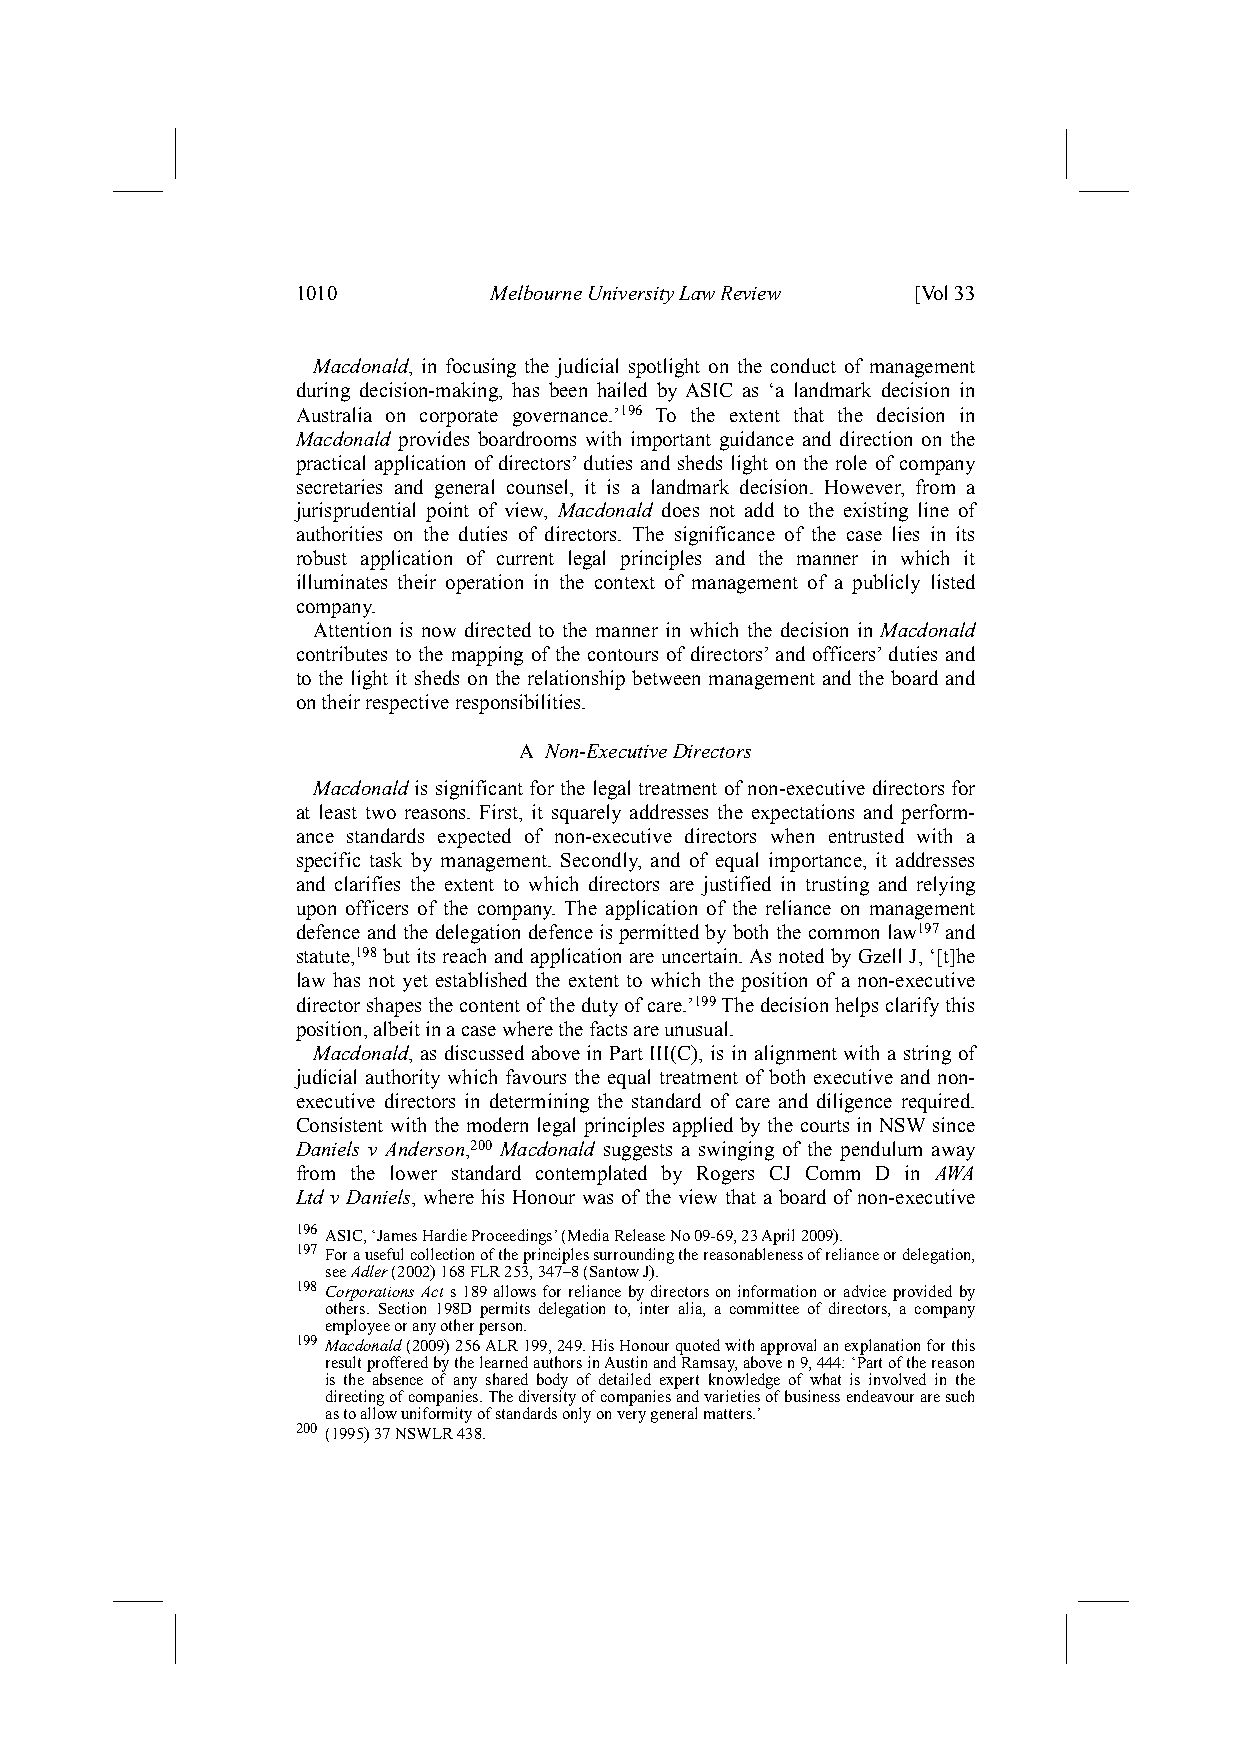
1010        Melbourne University Law Review [Vol 33
 Macdonald, in focusing the judicial spotlight on the conduct of management
 during decision-making, has been hailed by ASIC as ‘a landmark decision in
 Australia on corporate governance.’196 To the extent that the decision in
 Macdonald provides boardrooms with important guidance and direction on the
 practical application of directors’ duties and sheds light on the role of company
 secretaries and general counsel, it is a landmark decision. However, from a
 jurisprudential point of view, Macdonald does not add to the existing line of
 authorities on the duties of directors. The significance of the case lies in its
 robust application of current legal principles and the manner in which it
 illuminates their operation in the context of management of a publicly listed
 company.
 Attention is now directed to the manner in which the decision in Macdonald
 contributes to the mapping of the contours of directors’ and officers’ duties and
 to the light it sheds on the relationship between management and the board and
 on their respective responsibilities.
 A Non-Executive Directors
 Macdonald is significant for the legal treatment of non-executive directors for
 at least two reasons. First, it squarely addresses the expectations and perform-
 ance standards expected of non-executive directors when entrusted with a
 specific task by management. Secondly, and of equal importance, it addresses
 and clarifies the extent to which directors are justified in trusting and relying
 upon officers of the company. The application of the reliance on management
 defence and the delegation defence is permitted by both the common law197 and
 statute,198 but its reach and application are uncertain. As noted by Gzell J, ‘[t]he
 law has not yet established the extent to which the position of a non-executive
 director shapes the content of the duty of care.’199 The decision helps clarify this
 position, albeit in a case where the facts are unusual.
 Macdonald, as discussed above in Part III(C), is in alignment with a string of
 judicial authority which favours the equal treatment of both executive and non-
 executive directors in determining the standard of care and diligence required.
 Consistent with the modern legal principles applied by the courts in NSW since
 Daniels v Anderson,200 Macdonald suggests a swinging of the pendulum away
 from the lower standard contemplated by Rogers CJ Comm D in AWA
 Ltd v Daniels, where his Honour was of the view that a board of non-executive
 196 ASIC, ‘James Hardie Proceedings’ (Media Release No 09-69, 23 April 2009).
 197 For a useful collection of the principles surrounding the reasonableness of reliance or delegation,
 see Adler (2002) 168 FLR 253, 347–8 (Santow J).
 198 Corporations Act s 189 allows for reliance by directors on information or advice provided by
 others. Section 198D permits delegation to, inter alia, a committee of directors, a company
 employee or any other person.
 199 Macdonald (2009) 256 ALR 199, 249. His Honour quoted with approval an explanation for this
 result proffered by the learned authors in Austin and Ramsay, above n 9, 444: ‘Part of the reason
 is the absence of any shared body of detailed expert knowledge of what is involved in the
 directing of companies. The diversity of companies and varieties of business endeavour are such
 as to allow uniformity of standards only on very general matters.’
 200 (1995) 37 NSWLR 438.